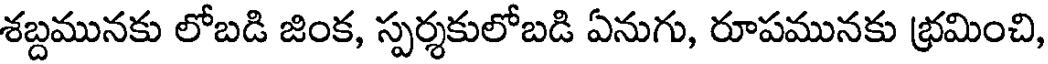
శబ్దమునకు లోబడి జింక, స్పర్శకులోబడి ఏనుగు, రూపమునకు భ్రమించి,